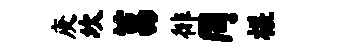
庚坎莒徘罔槎